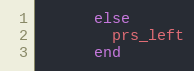
Language: Ruby
      else
        prs_left
      end